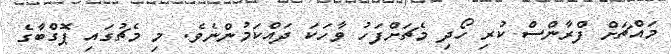
މައްޗަށް ފްރާންސް ކުރި ހޯދި މެޗަށްފަހު ވާހަކަ ދައްކަމުންނެވެ. މި މެޗުގައި ޕޮގްބާގެ